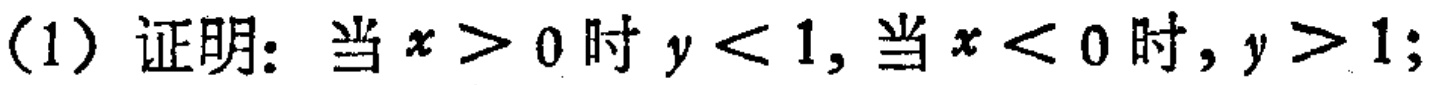
(1) 证明：当 \(x > 0\) 时 \(y < 1\), 当 \(x < 0\) 时, \(y > 1\);